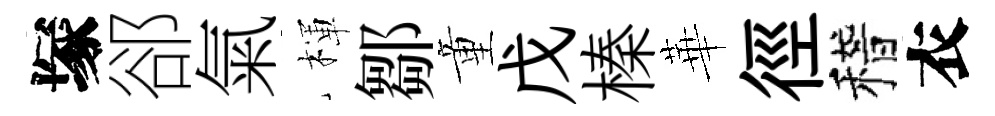
塚郤氣楎鄒童戊榛華徑稽衣